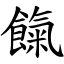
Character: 餼